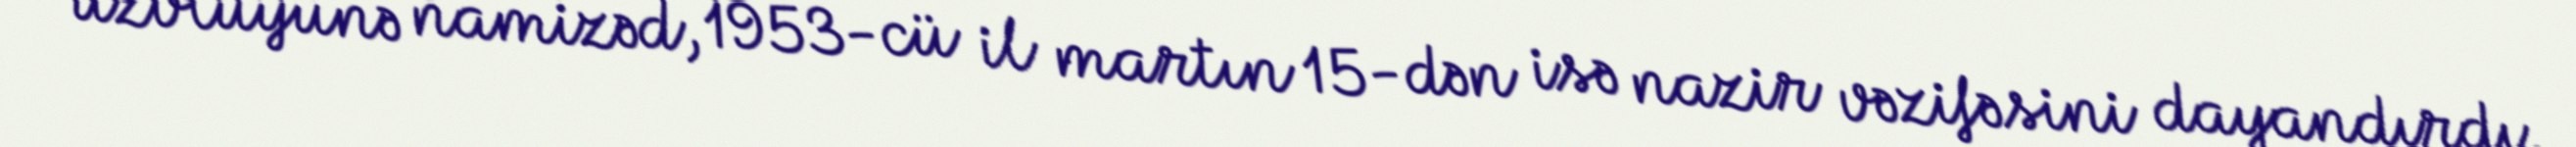
üzvlüyünə namizəd, 1953-cü il martın 15-dən isə nazir vəzifəsini dayandırdı.